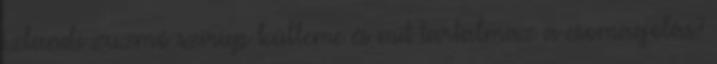
izlandi zuzmó szirup külleme és mit tartalmaz a csomagolás?